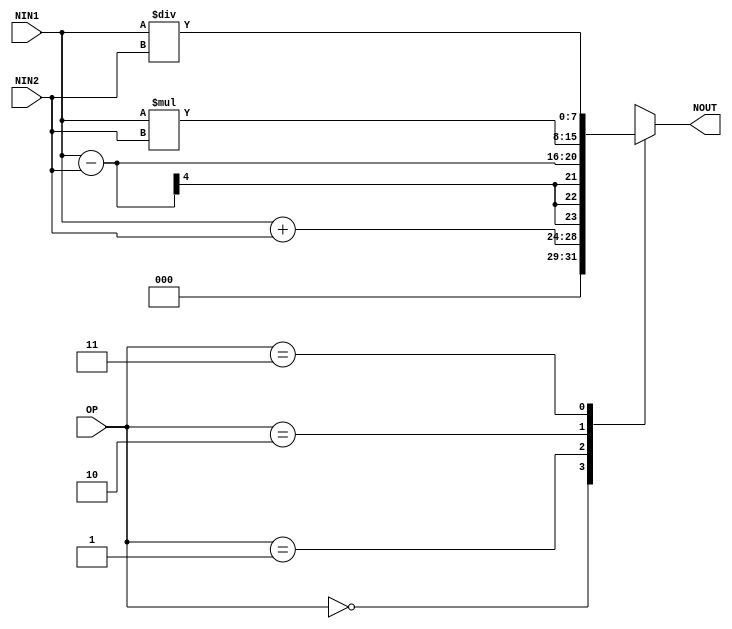
module ALU (
    OP,NIN1,NIN2,NOUT
);
    parameter add = 00;  // +
    parameter subtract = 01; // -
    parameter multi = 10;  // *
    parameter divid = 11;  //  /

    input[3:0] NIN1,NIN2;
    input[1:0] OP;
    output[7:0] NOUT;

    reg[3:0] TIN1,TIN2;
	 reg[7:0] NOUT;
    always@(OP,NIN1,NIN2) 
begin
    TIN1 = NIN1;
    TIN2 = NIN2;
    case(OP)
    //add
        2'b00: NOUT = TIN1 + TIN2; 
    //sub
        2'b01: NOUT = TIN1 - TIN2;
    //multi
        2'b10:NOUT = TIN1 * TIN2;
    //div
        2'b11:NOUT = TIN1 / TIN2;

        default:NOUT = 0;
    endcase
end
endmodule